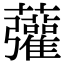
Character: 虇